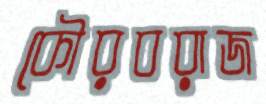
কৌরবরাজ